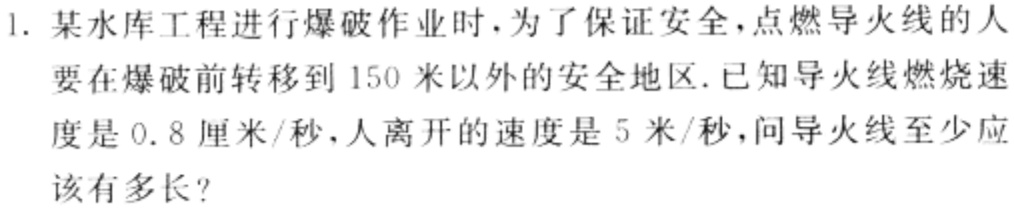
1. 某水库工程进行爆破作业时，为了保证安全，点燃导火线的人要在爆破前转移到 150 米以外的安全地区. 已知导火线燃烧速度是 0.8 厘米/秒，人离开的速度是 5 米/秒，问导火线至少应该有多长？